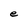
Character: e